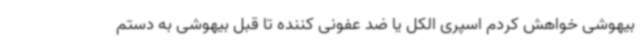
بیهوشی خواهش کردم اسپری الکل یا ضد عفونی کننده تا قبل بیهوشی به دستم